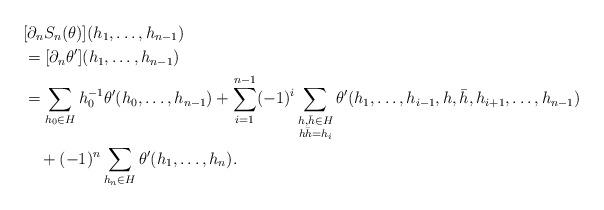
LaTeX: \begin{align*}&[\partial_nS_n(\theta)](h_1, \ldots, h_{n-1})\\&=[\partial_n\theta'](h_1, \ldots, h_{n-1})\\&=\sum_{h_0\in H}h_0^{-1}\theta'(h_0,\ldots, h_{n-1})+\sum_{i=1}^{n-1}(-1)^i\sum_{\substack{h, \bar{h}\in H\\ h\bar{h}=h_i}}\theta'(h_1,\ldots, h_{i-1},h,\bar{h}, h_{i+1},\ldots, h_{n-1})\\&\quad{} +(-1)^n\sum_{h_n\in H}\theta'(h_1,\ldots, h_n).\end{align*}